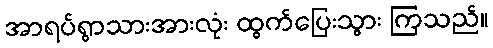
အာရပ်ရွာသားအားလုံး ထွက်ပြေးသွား ကြသည်။